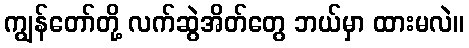
ကျွန်တော်တို့ လက်ဆွဲအိတ်တွေ ဘယ်မှာ ထားမလဲ။